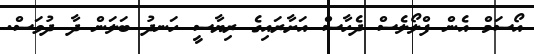
އޯސަމް އެން ފްލޯލެސް ދެހާސް އަށާރައިގެ ރިޔާސީ ހަނދު ބަލަން ދާ ދުވަސް.